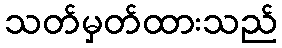
သတ်မှတ်ထားသည်